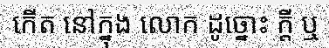
កើត នៅក្នុង លោក ដូច្នោះ ក្តី ឬ